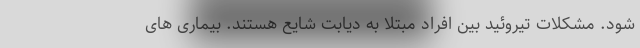
شود. مشکلات تیروئید بین افراد مبتلا به دیابت شایع هستند. بیماری های